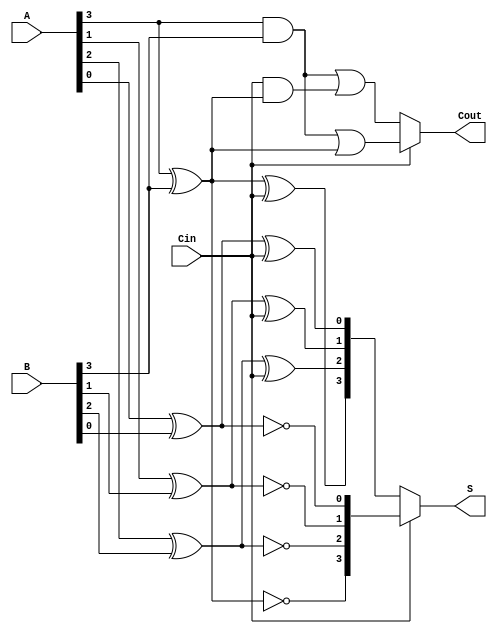
module conditional_sum_adder (
    input  [3:0] A,      // 4-bit input A
    input  [3:0] B,      // 4-bit input B
    input        Cin,     // Carry input
    output [3:0] S,      // 4-bit sum output
    output       Cout     // Carry output
);
    wire [3:0] S0, S1;    // Partial sums for Cin = 0 and Cin = 1
    wire [3:0] C0, C1;    // Partial carries for Cin = 0 and Cin = 1

    // Calculate sums and carries for each bit
    genvar i;
    generate
        for (i = 0; i < 4; i = i + 1) begin : CSA_GROUP
            // Partial sum calculations
            assign S0[i] = A[i] ^ B[i] ^ Cin;      // Sum if Cin = 0
            assign S1[i] = A[i] ^ B[i] ^ 1'b1;     // Sum if Cin = 1
            
            // Partial carry calculations
            assign C0[i] = (A[i] & B[i]) | (Cin & (A[i] ^ B[i])); // Carry if Cin = 0
            assign C1[i] = (A[i] & B[i]) | (1'b1 & (A[i] ^ B[i])); // Carry if Cin = 1
        end
    endgenerate

    // Final sum and carry output selection based on Cin
    assign S = Cin ? S1 : S0;   // Select appropriate sum based on Cin
    assign Cout = Cin ? C1[3] : C0[3]; // Select carry out from the last group

endmodule